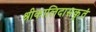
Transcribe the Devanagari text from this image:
श्रीकालिदासकृतं